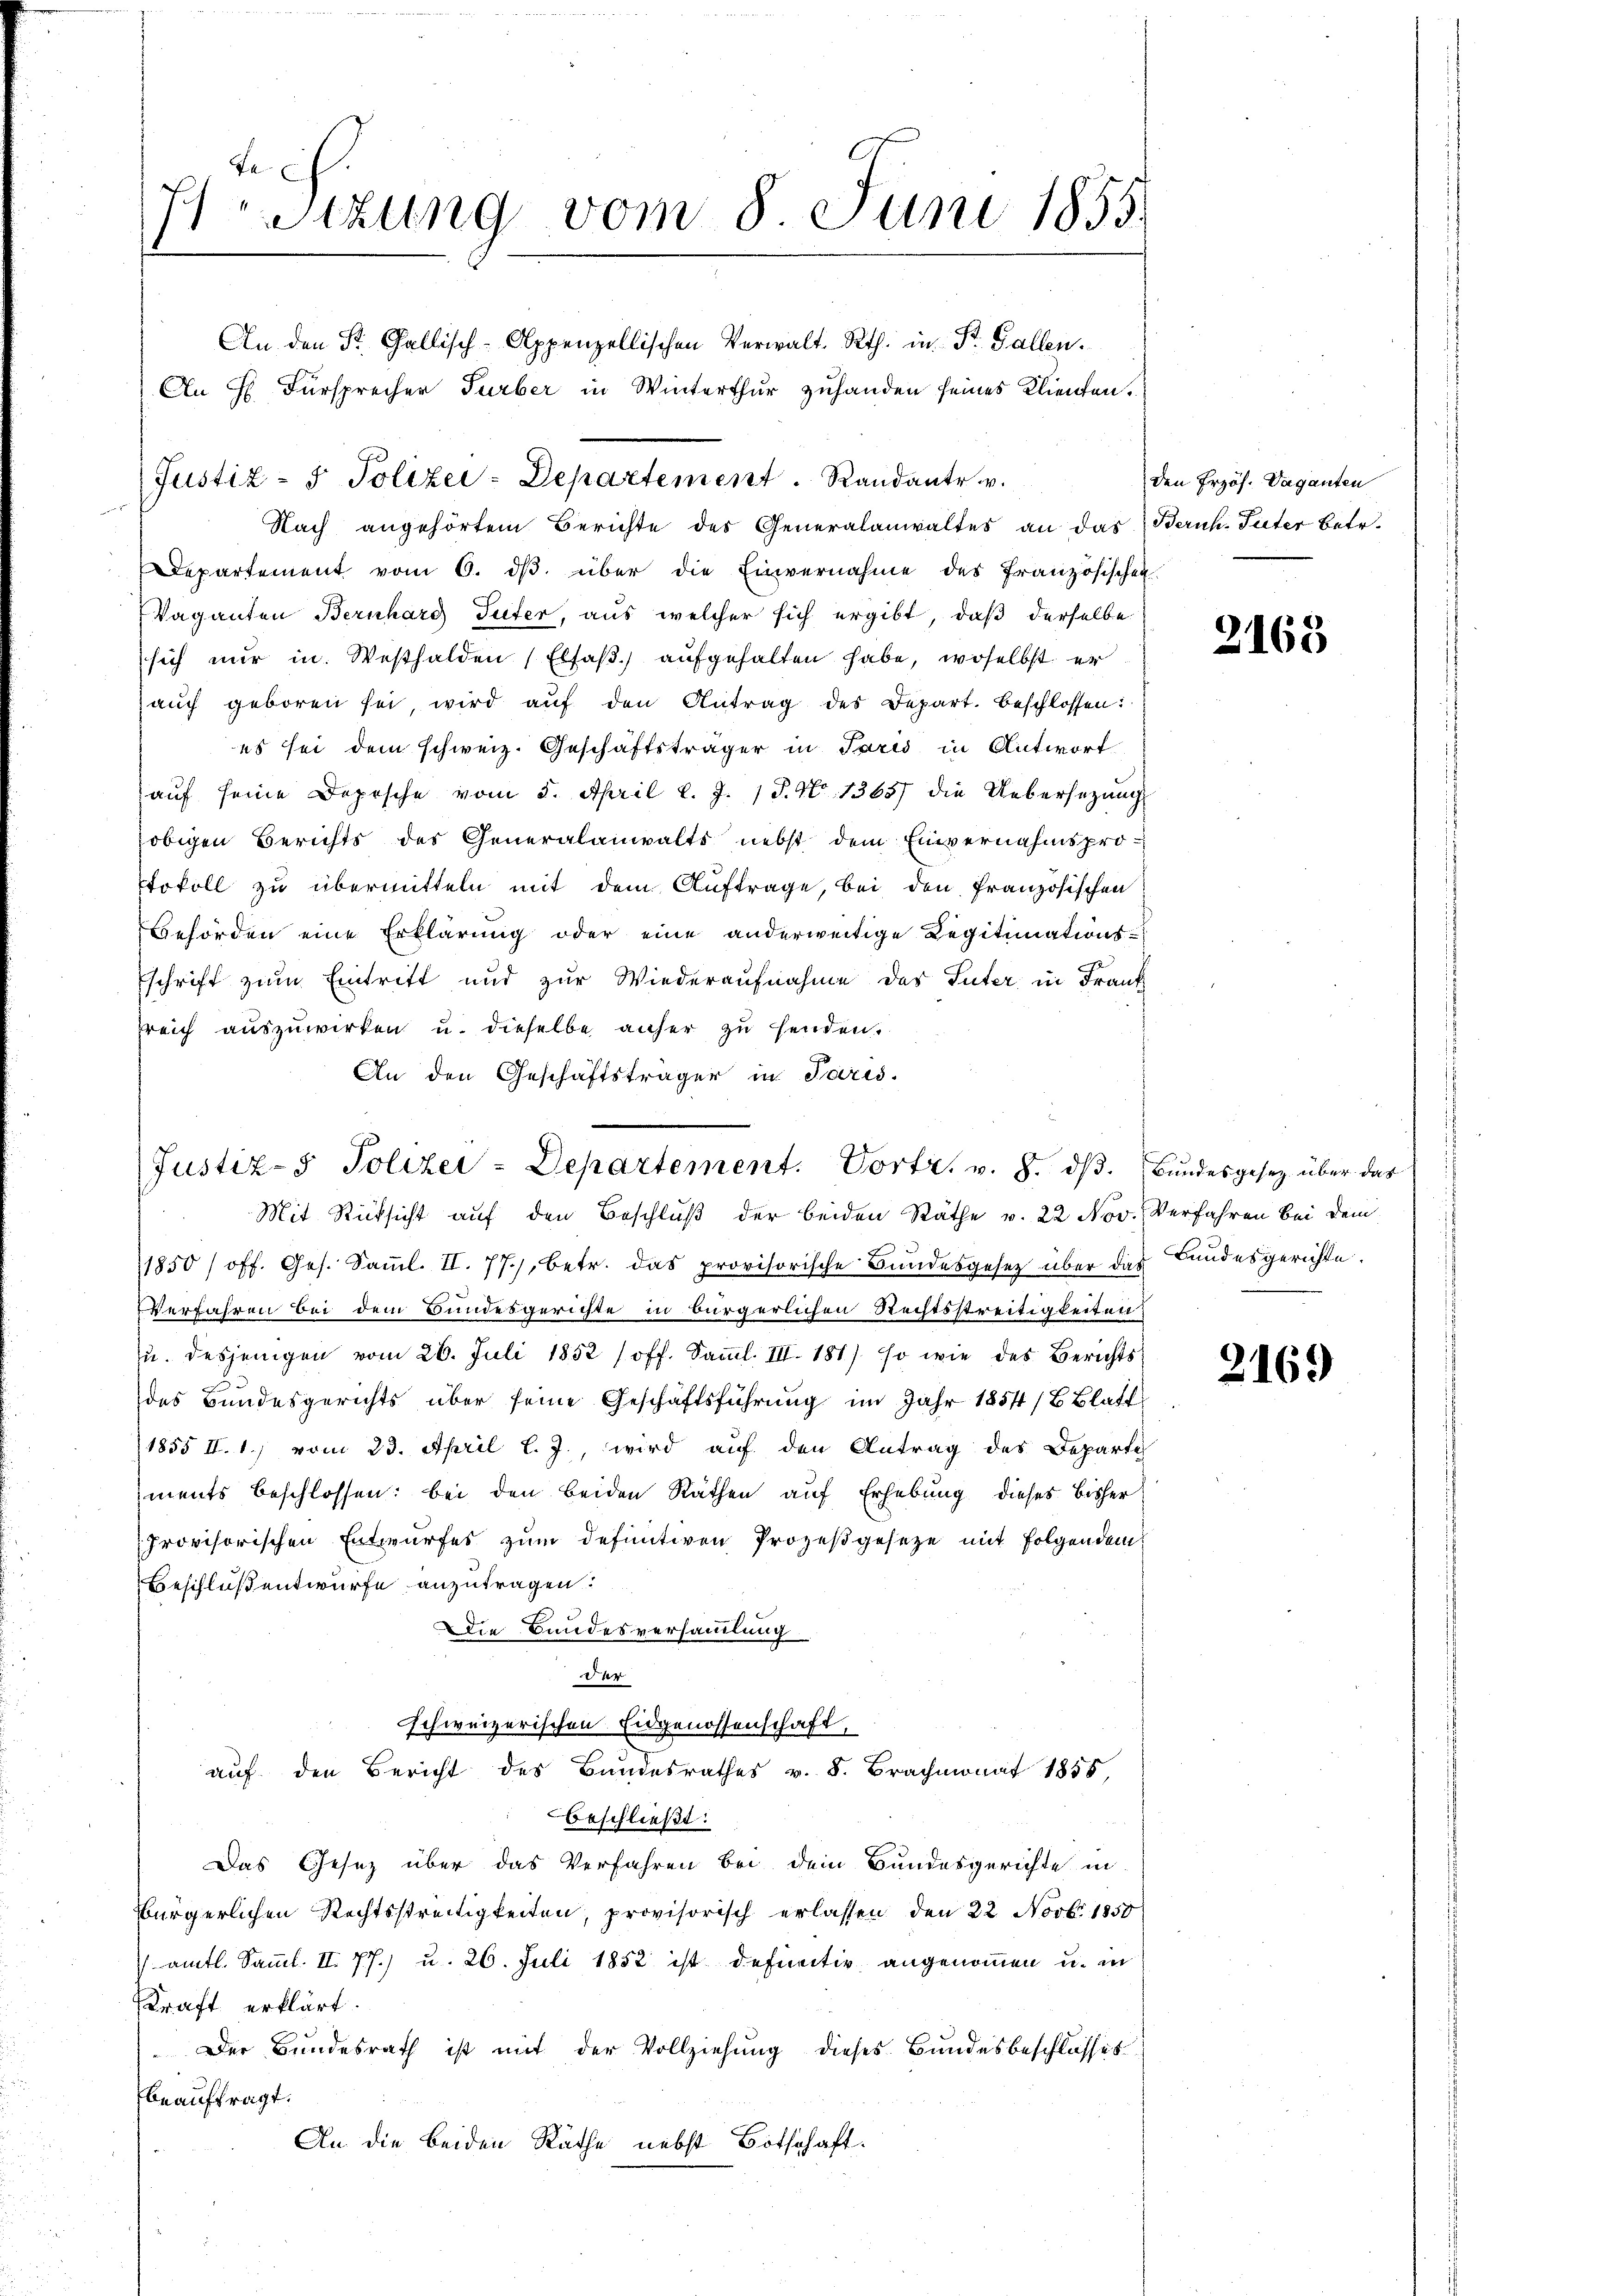
Be
7Stzung vom 8. Juni 1855.
An den St. Gallisch-Appenzellischen Verwalt Rth. in St. Gallen.
An H. Fürsprecher Turber in Winterthur zuhanden seines Klienten.

Nach angehörtem Berichte des Generalanwaltes an das Beruh-Puter betr.
Departement vom 6. dβ über die Einvernahme des französischen
Vaganten Bernhard Suter, aus welcher sich ergibt, daß derselbe
sich nur in Westhalden (Elfaβ) aufgehalten habe, woselbst er
aŭch geboren sei, wird aŭf den Antrag des Depart. beschlossen:
es sei dem schweiz. Geschäftsträger in Paris in Antwort
auf seine Dopische vom 5. April l. J. 1 P. Nr. 1363) die Uebersezung
obigen Berichts des Generalanwalts nebst dem Einvernahmspro¬
Etokoll zu übermitteln mit dem Auftrage, bei den französischen
Behörden eine Erklärung oder eine anderweitige Legitimations¬
Eschrift zum Eintritt und zur Wiederaufnahme des Suter in Frank
freich auszuwirken u. dieselbe anher zu henden.
An den Geschäftsträger in Paris.

Justiz- & Polizei-Departement. Vortr. v. 8. dβ. Bundesgesez über das

Justiz- & Polizei-Departement. Randante .

Mit Rücksicht auf den Beschluß der beiden Räthe v. 22 Nov. Verfahren bei dem
1850 / off. Ges. Samml. II. 77), betr. das provisorische Bundesgesetz über das Bundesgerichte.
Verfahren bei dem Bundesgerichte in bürgerlichen Rechtsstreitigkeiten
zu desjenigen vom 26. Juli 1852 (off. Samml. III. 181) so wie des Berichtsdes Bundesgerichts über seine Geschäftsführung im Jahr 1854/6 Blatt
1855 II. 1) vom 23. April l. J., wird auf den Antrag des Departe
ments beschlossen: bei den beiden Räthen auf Erhebung dieses bisher
provisorischen Entwurfes zum definitiven Prozeßgesetze mit Folgendem
Beschluß entwurfe anzutragen.
Die Bundesversammlung
der
schweizerischen Eidgenossenschaft,
auf den Bericht des Bundesrathes v. 8. Brachmonat 1858,
beschließt:
Das Gesetz über das Verfahren bei dem Bundesgerichte in
bürgerlichen Rechtsstreitigkeiten, provisorisch erlassen, den 22 Novbr. 1850
 amtl. Samml. II. 77.) u. 26. Juli 1852 ist definitiv angenommen u. in
Kraft erklärt.
Der Bundesrath ist mit der Vollziehung dieses Bundesbeschlosses
beauftragt.
An die beiden Räthe nebst Botschaft.

den Erzös. Vaganten

2163

2169